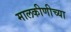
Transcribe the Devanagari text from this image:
मालकीणीच्या